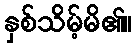
နှစ်သိမ့်မိ၏။